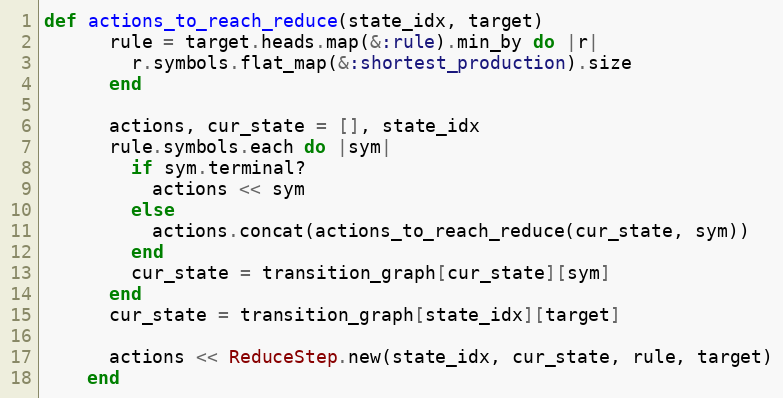
Language: Ruby
def actions_to_reach_reduce(state_idx, target)
      rule = target.heads.map(&:rule).min_by do |r|
        r.symbols.flat_map(&:shortest_production).size
      end

      actions, cur_state = [], state_idx
      rule.symbols.each do |sym|
        if sym.terminal?
          actions << sym
        else
          actions.concat(actions_to_reach_reduce(cur_state, sym))
        end
        cur_state = transition_graph[cur_state][sym]
      end
      cur_state = transition_graph[state_idx][target]

      actions << ReduceStep.new(state_idx, cur_state, rule, target)
    end